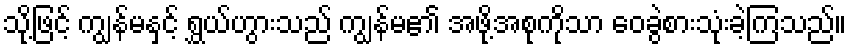
သို့ဖြင့် ကျွန်မနှင့် ရွှယ်ဟွားသည် ကျွန်မ၏ အဖို့အစုကိုသာ ဝေခွဲစားသုံးခဲ့ကြသည်။